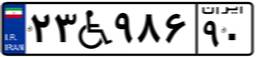
۱۹W۹۶۹۶۴